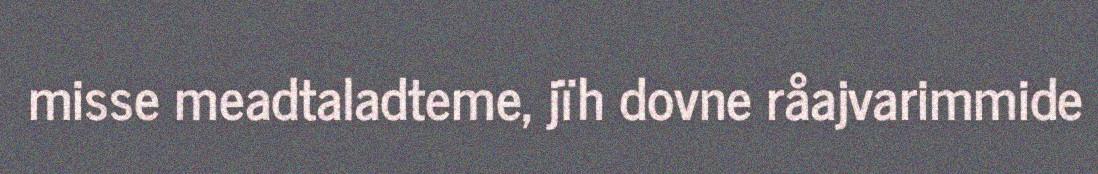
misse meadtaladteme, jïh dovne råajvarimmide